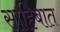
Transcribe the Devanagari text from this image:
साहिबात